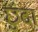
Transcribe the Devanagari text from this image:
छुंदा